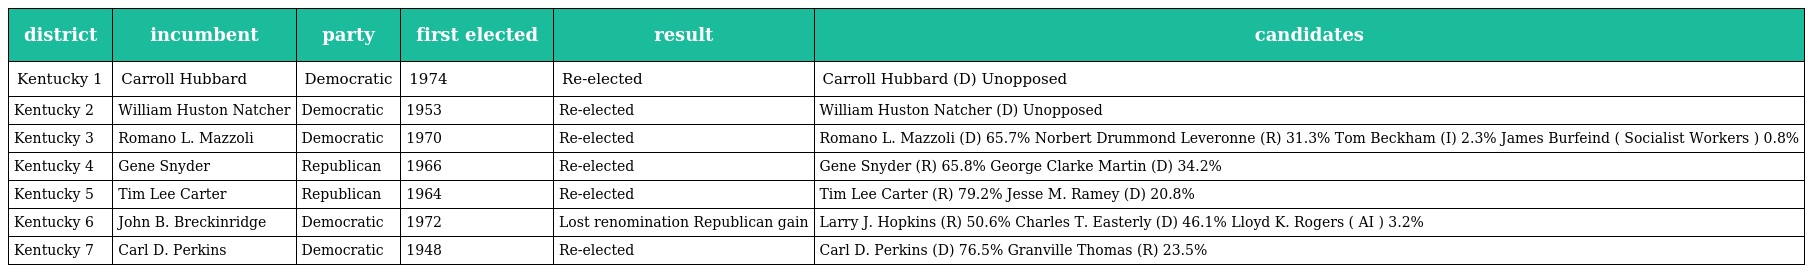
| district | incumbent | party | first elected | result | candidates |
 | --- | --- | --- | --- | --- | --- |
 | Kentucky 1 | Carroll Hubbard | Democratic | 1974 | Re-elected | Carroll Hubbard (D) Unopposed |
 | Kentucky 2 | William Huston Natcher | Democratic | 1953 | Re-elected | William Huston Natcher (D) Unopposed |
 | Kentucky 3 | Romano L. Mazzoli | Democratic | 1970 | Re-elected | Romano L. Mazzoli (D) 65.7% Norbert Drummond Leveronne (R) 31.3% Tom Beckham (I) 2.3% James Burfeind ( Socialist Workers ) 0.8% |
 | Kentucky 4 | Gene Snyder | Republican | 1966 | Re-elected | Gene Snyder (R) 65.8% George Clarke Martin (D) 34.2% |
 | Kentucky 5 | Tim Lee Carter | Republican | 1964 | Re-elected | Tim Lee Carter (R) 79.2% Jesse M. Ramey (D) 20.8% |
 | Kentucky 6 | John B. Breckinridge | Democratic | 1972 | Lost renomination Republican gain | Larry J. Hopkins (R) 50.6% Charles T. Easterly (D) 46.1% Lloyd K. Rogers ( AI ) 3.2% |
 | Kentucky 7 | Carl D. Perkins | Democratic | 1948 | Re-elected | Carl D. Perkins (D) 76.5% Granville Thomas (R) 23.5% |